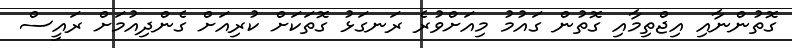
ގޮތުންނާއި އިޖްތިމާއި ގޮތުން ގައުމު މިއަށްވުރެ ރަނގަޅު ގޮތަކަށް ކުރިއަށް ގެންދިއުމަށް ރައީސް